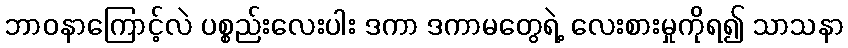
ဘာဝနာကြောင့်လဲ ပစ္စည်းလေးပါး ဒကာ ဒကာမတွေရဲ့ လေးစားမှုကိုရ၍ သာသနာ